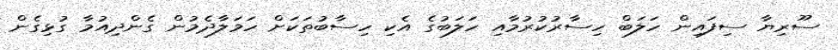
ސޫރިޔާ ސިފައިން ހަލަބް ހިސާރުކުރުމާއި ހަލަބުގެ އެކި ހިސާބުތަކަށް ހަމަލާދެމުން ގެންދިއުމާ ގުޅިގެން